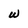
Character: w